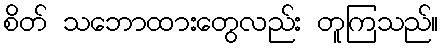
စိတ် သဘောထားတွေလည်း တူကြသည်။